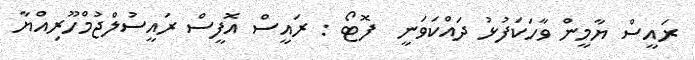
ރައީސް ޔާމީން ވާހަކަފުޅު ދައްކަވަނީ  ފޮޓޯ : ރައީސް އޮފީސް ރައީސުލްޖުމްހޫރިއްޔާ